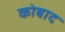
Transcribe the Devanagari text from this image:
कोबाद